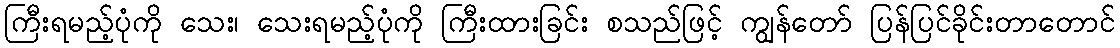
ကြီးရမည့်ပုံကို သေး၊ သေးရမည့်ပုံကို ကြီးထားခြင်း စသည်ဖြင့် ကျွန်တော် ပြန်ပြင်ခိုင်းတာတောင်